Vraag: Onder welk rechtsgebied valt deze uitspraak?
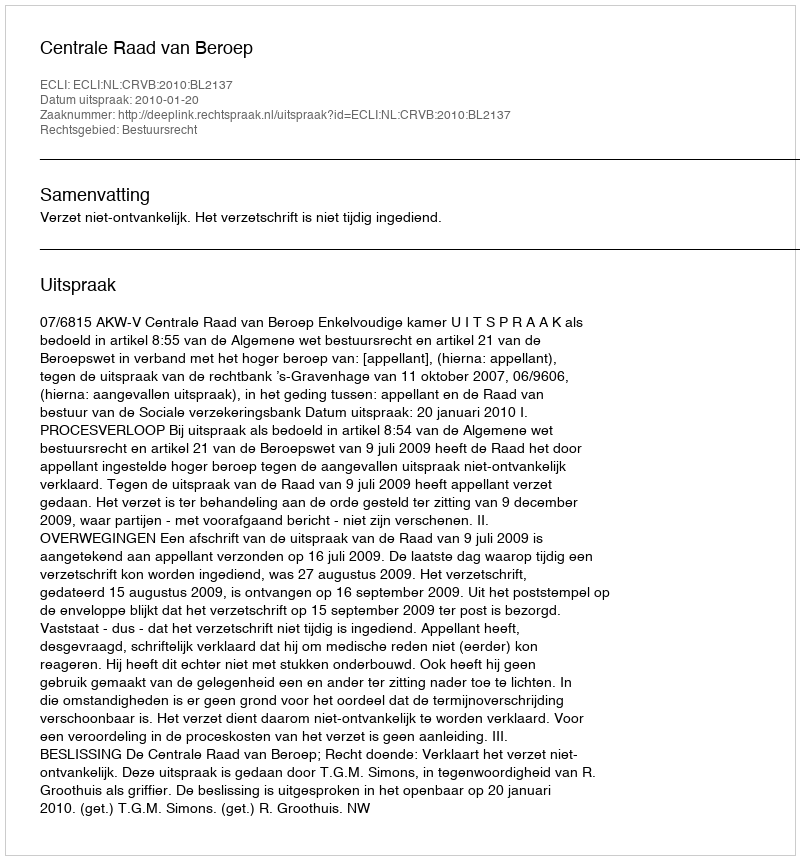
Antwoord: Bestuursrecht